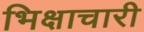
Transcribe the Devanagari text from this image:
भिक्षाचारी